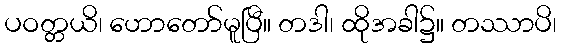
ပဝတ္တယိ၊ ဟောတော်မူပြီ။ တဒါ၊ ထိုအခါ၌။ တဿာပိ၊